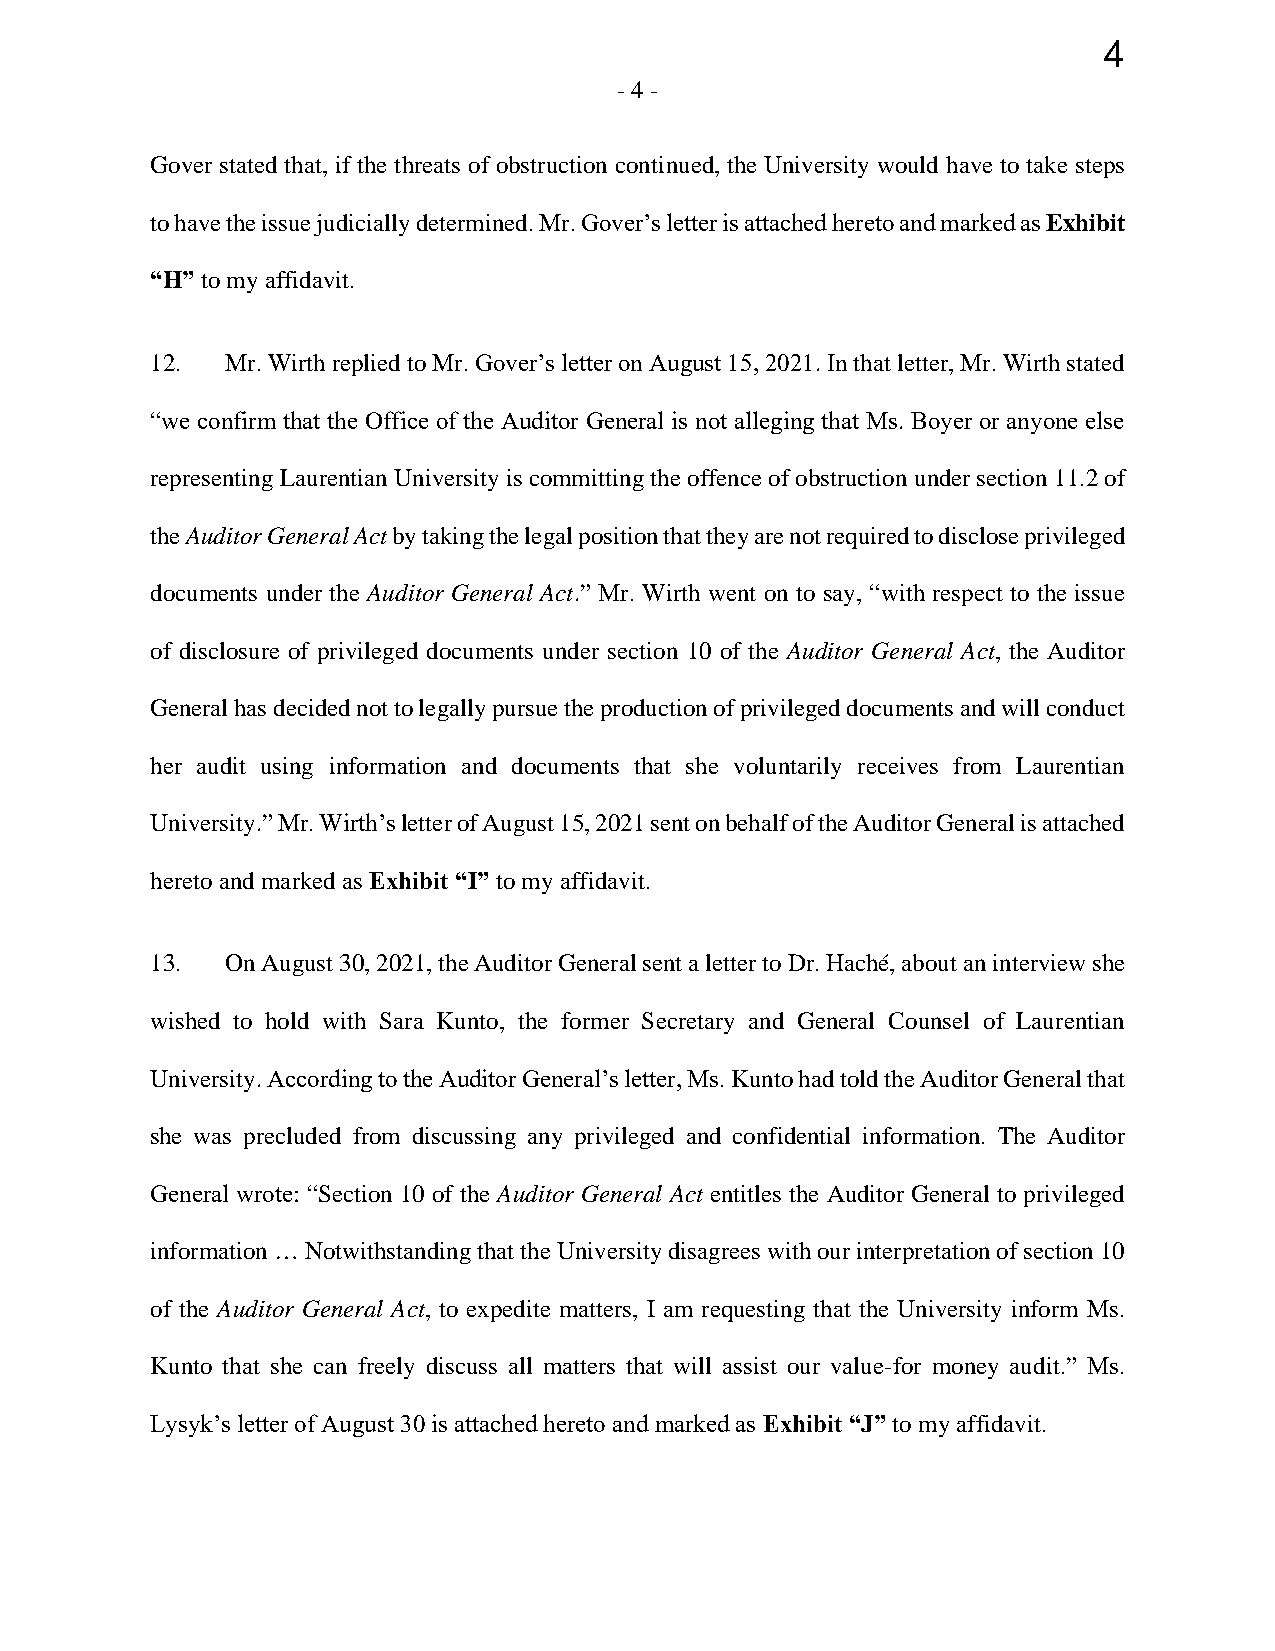
4
 -4 -
 Gover stated that, if the threats of obstruction continued, the University would have to take steps
 to have the issue judicially determined. Mr. Gover’s letter is attached hereto and marked as Exhibit
 “H” to my affidavit.
 12.  Mr. Wirth replied to Mr. Gover’s letter on August 15, 2021. In that letter, Mr. Wirth stated
 “we confirm that the Office of the Auditor General is not alleging that Ms. Boyer or anyone else
 representing Laurentian University is committing the offence of obstruction under section 11.2 of
 the Auditor General Act by taking the legal position that they are not required to disclose privileged
 documents under the Auditor General Act.” Mr. Wirth went on to say, “with respect to the issue
 of disclosure of privileged documents under section 10 of the Auditor General Act, the Auditor
 General has decided not to legally pursue the production of privileged documents and will conduct
 her audit using information and documents that she voluntarily receives from Laurentian
 University.” Mr. Wirth’s letter of August 15, 2021 sent on behalf of the Auditor General is attached
 hereto and marked as Exhibit “I” to my affidavit.
 13.  On August 30, 2021, the Auditor General sent a letter to Dr. Haché, about an interview she
 wished to hold with Sara Kunto, the former Secretary and General Counsel of Laurentian
 University. According to the Auditor General’s letter, Ms. Kunto had told the Auditor General that
 she was precluded from discussing any privileged and confidential information. The Auditor
 General wrote: “Section 10 of the Auditor General Act entitles the Auditor General to privileged
 information … Notwithstanding that the University disagrees with our interpretation of section 10
 of the Auditor General Act, to expedite matters, I am requesting that the University inform Ms.
 Kunto that she can freely discuss all matters that will assist our value-for money audit.” Ms.
 Lysyk’s letter of August 30 is attached hereto and marked as Exhibit “J” to my affidavit.